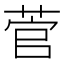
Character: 菅